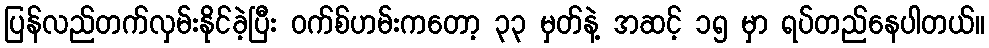
ပြန်လည်တက်လှမ်းနိုင်ခဲ့ပြီး ဝက်စ်ဟမ်းကတော့ ၃၃ မှတ်နဲ့ အဆင့် ၁၅ မှာ ရပ်တည်နေပါတယ်။